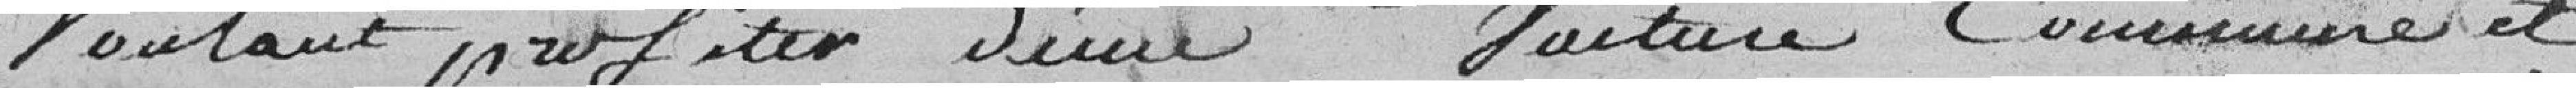
voulant profiter d'une voiture commune et